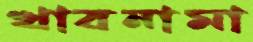
খাবনামা